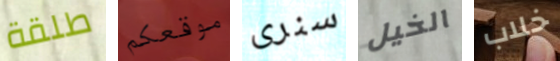
طلقة موقعكم سنرى الخيل خلاب